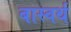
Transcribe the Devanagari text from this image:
बास्वर्थ